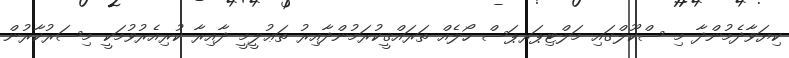
ކިޔަވާދެމުންދާ މި ސްކޫލްގައި މަލްޓިޕަރޕަސް ހޯލެއް ތަރައްޤީކުރަމުންދާއިރު ތަޢުލީމީ ދާއިރާ ކުރިއެރުވުމަކީ މިސަރުކާރުން